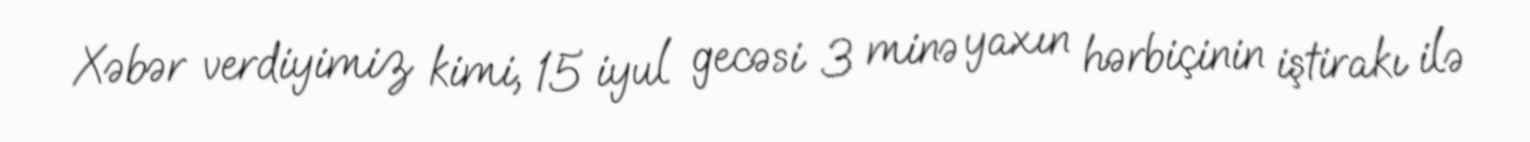
Xəbər verdiyimiz kimi, 15 iyul gecəsi 3 minə yaxın hərbiçinin iştirakı ilə